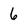
Character: 6